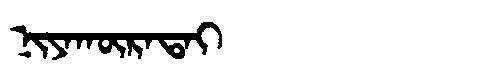
Manchu: ᠨᡳᠶᠠᡴᡡᡵᠠᡨᠠᡳ
Romanization: NIYAKŪRATAI